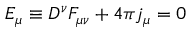
{ \cal E } _ { \mu } \equiv D ^ { \nu } F _ { \mu \nu } + 4 \pi j _ { \mu } = 0